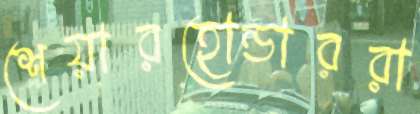
শেয়ারহোন্ডাররা